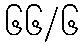
၆၆/၆